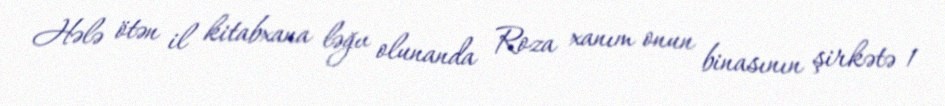
Hələ ötən il kitabxana ləğv olunanda Roza xanım onun binasının şirkətə 1